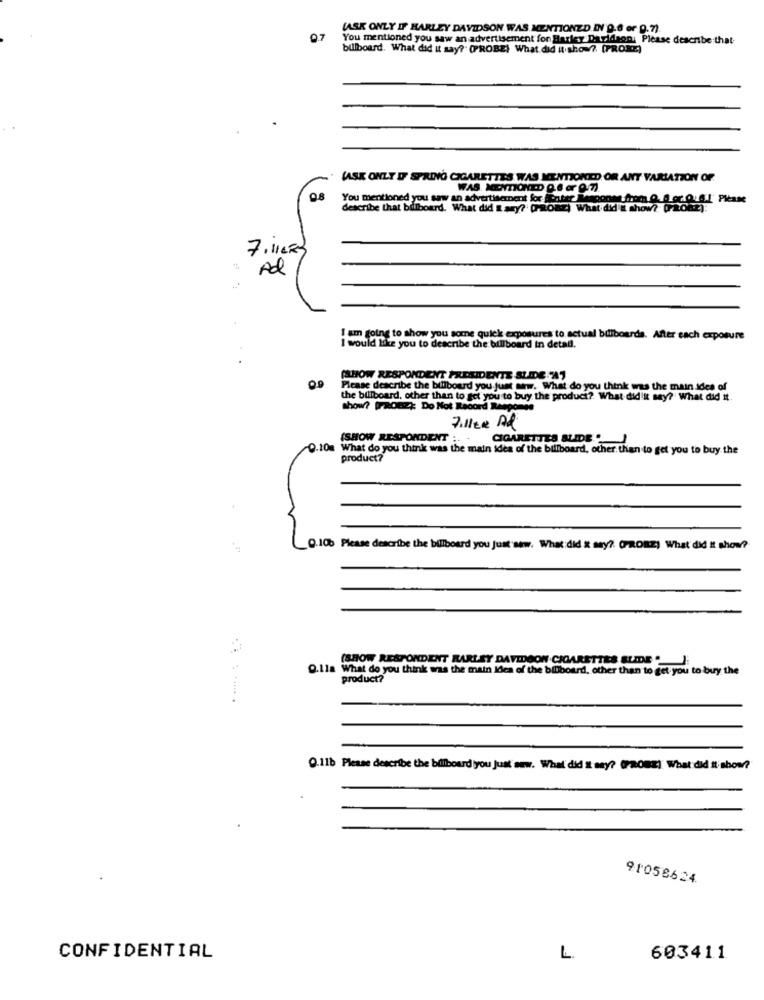
LASK ONLY IF HARLEY DAVIDSON WAS MENTIONED DNV 9.6 or 9.7).
9.7
You mentioned you saw an advertisement for Harley Davidson: Please describe that-
billboard. What did It say? (PROBE) What did It show ?. [PROKE)
VASK ONLY IF SPRING CIGARETTES WAS MENTIONED OR ANT VARIATION OF
WAS. NICYTIONED Q.6 or 9/72.
0.8
You mentioned you saw an advertisement for inter Response from Q.0 or.O. G.I' Please
describe that billboard. What did I ary? [PRORE) What did E show? [Ront)
Ad
I am going to show you some quick exposures to actual billboards. After each exposure
I would like you to describe the billboard in detail.
SHOW RESPONDENT PRESIDENTE SLIDE :447
00
Please describe the billboard you just www. What do you think was the main idea of
the billboard, other than to get you to buy the product? What didikt say? What did it
show? [PROE): Do Not Record Renpo
Filler Ad
(SHOW RESPONDENT :..
CIGARETTES SLIDE
Q.10m What do you think was the main idea of the billboard, other than to get you to buy the
product?
Q.100 Please describe the billboard you just saw. What did x say? OPRORE) What did It show?
(SHOW RESPONDENT HARLEY DAVIDSON CIGARETTES SLIDE "
O.1la What do you think was the main Idea of the billboard, other than to get you to buy the
product?
9.11b Please describe the billboard you Just saw. What did I say? (PROBE) What did It: show?
91058624
CONFIDENTIAL
L.
603411